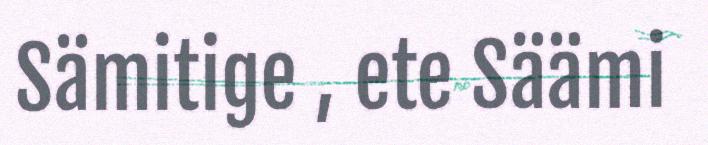
Sämitige , ete Säämi